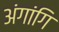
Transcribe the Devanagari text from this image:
अंगांगि